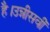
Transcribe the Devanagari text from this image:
है।उन्नीसवीं